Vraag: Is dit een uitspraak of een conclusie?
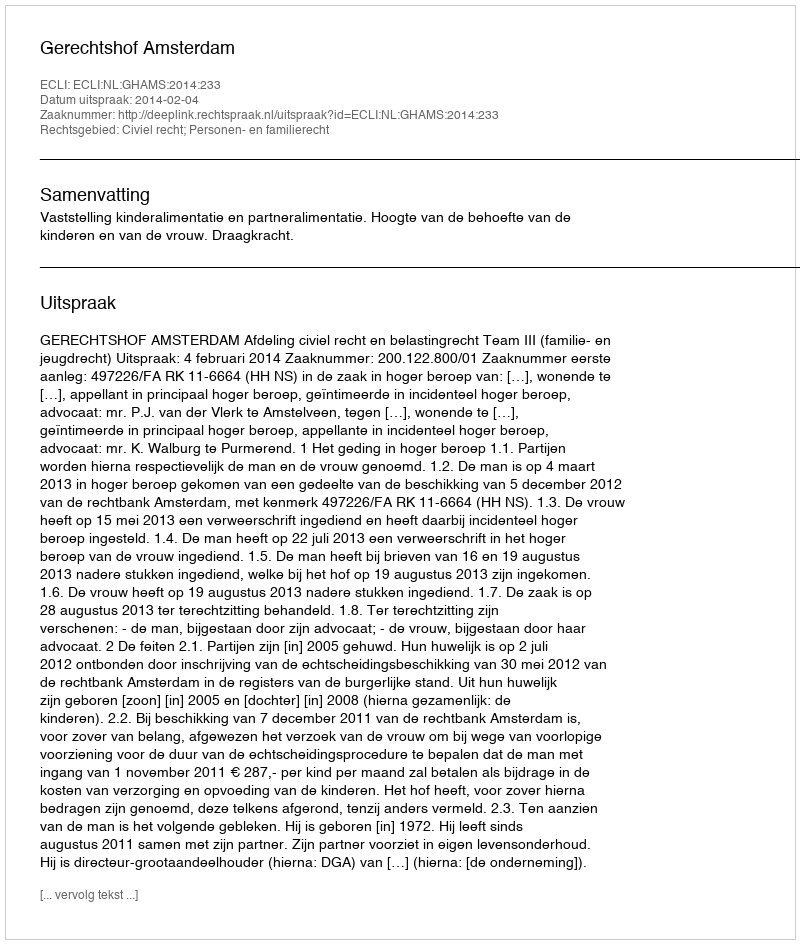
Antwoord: Uitspraak